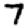
Digit: 7